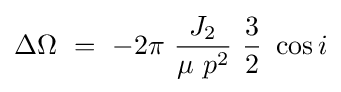
\Delta \Omega \ =\ -2\pi \ {\frac {J_{2}}{\mu \ p^{2}}}\ {\frac {3}{2}}\ \cos i